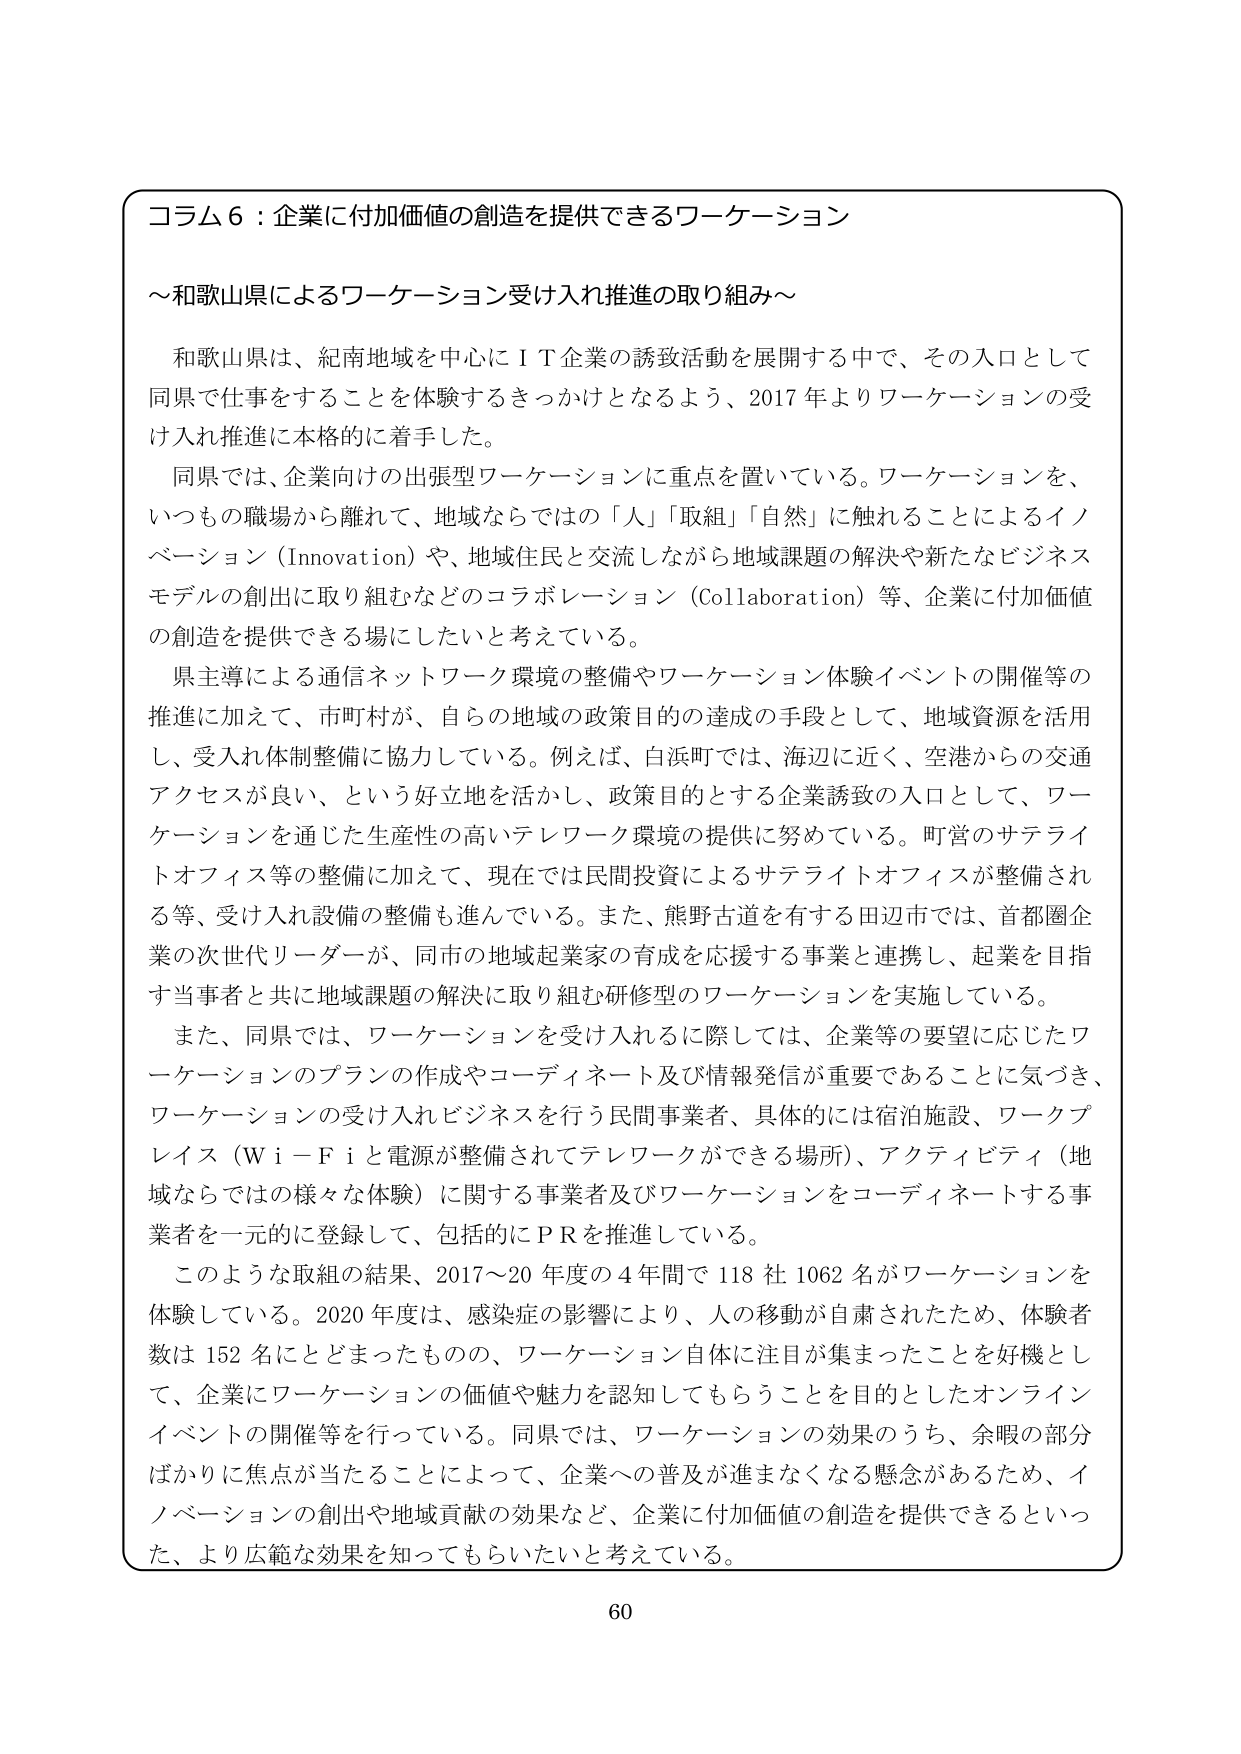
コラム６：企業に付加価値の創造を提供できるワーケーション

～和歌山県によるワーケーション受け入れ推進の取り組み～

和歌山県は、紀南地域を中心にＩＴ企業の誘致活動を展開する中で、その入口として同県で仕事をすることを体験するきっかけとなるよう、2017年よりワーケーションの受け入れ推進に本格的に着手した。

同県では、企業向けの出張型ワーケーションに重点を置いている。ワーケーションを、いつもの職場から離れて、地域ならではの「人」「取組」「自然」に触れることによるイノベーション（Innovation）や、地域住民と交流しながら地域課題の解決や新たなビジネスモデルの創出に取り組むなどのコラボレーション（Collaboration）等、企業に付加価値の創造を提供できる場にしたいと考えている。

県主導による通信ネットワーク環境の整備やワーケーション体験イベントの開催等の推進に加えて、市町村が、自らの地域の政策目的の達成の手段として、地域資源を活用し、受け入れ体制整備に協力している。例えば、白浜町では、海辺に近く、空港からの交通アクセスが良い、という好立地を活かし、政策目的とする企業誘致の入口として、ワーケーションを通じた生産性の高いテレワーク環境の提供に努めている。町営のサテライトオフィス等の整備に加えて、現在では民間投資によるサテライトオフィスが整備される等、受け入れ設備の整備も進んでいる。また、熊野古道を有する田辺市では、首都圏企業の次世代リーダーが、同市の地域起業家の育成を応援する事業と連携し、起業を目指す当事者と共に地域課題の解決に取り組む研修型のワーケーションを実施している。

また、同県では、ワーケーションを受け入れるに際しては、企業等の要望に応じたワーケーションのプランの作成やコーディネート及び情報発信が重要であることに気づき、ワーケーションの受け入れビジネスを行う民間事業者、具体的には宿泊施設、ワークプレイス（Ｗｉ－Ｆｉと電源が整備されてテレワークができる場所）、アクティビティ（地域ならではの様々な体験）に関する事業者及びワーケーションをコーディネートする事業者を一元的に登録して、包括的にＰＲを推進している。

このような取組の結果、2017～20年度の４年間で118社1062名がワーケーションを体験している。2020年度は、感染症の影響により、人の移動が自粛されたため、体験者数は152名にとどまったものの、ワーケーション自体に注目が集まったことを好機として、企業にワーケーションの価値や魅力を認知してもらうことを目的としたオンラインイベントの開催等を行っている。同県では、ワーケーションの効果のうち、余暇の部分ばかりに焦点が当たることによって、企業への普及が進まなくなる懸念があるため、イノベーションの創出や地域貢献の効果など、企業に付加価値の創造を提供できるといった、より広範な効果を知ってもらいたいと考えている。

60